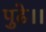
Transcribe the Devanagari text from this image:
पुढे।।